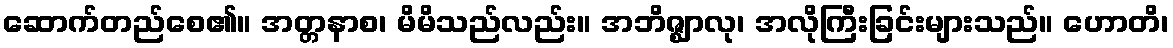
ဆောက်တည်စေ၏။ အတ္တနာစ၊ မိမိသည်လည်း။ အဘိဇ္ဈာလု၊ အလိုကြီးခြင်းများသည်။ ဟောတိ၊